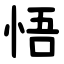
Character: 悟